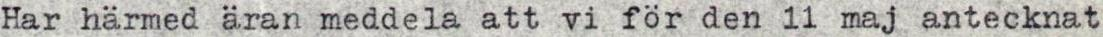
Har härmed äran meddela att vi för den 11 maj antecknat